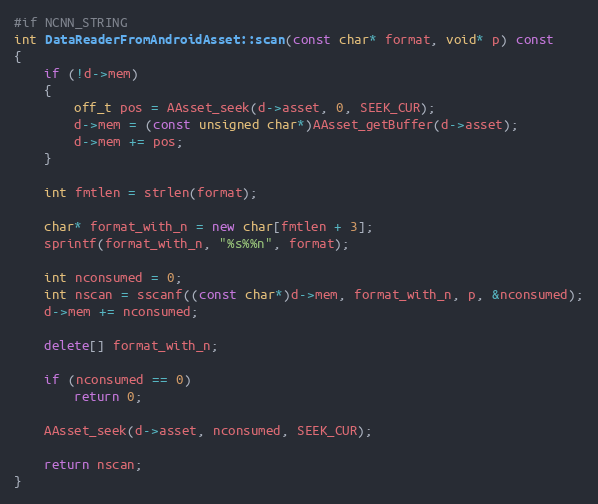
Language: C++
#if NCNN_STRING
int DataReaderFromAndroidAsset::scan(const char* format, void* p) const
{
    if (!d->mem)
    {
        off_t pos = AAsset_seek(d->asset, 0, SEEK_CUR);
        d->mem = (const unsigned char*)AAsset_getBuffer(d->asset);
        d->mem += pos;
    }

    int fmtlen = strlen(format);

    char* format_with_n = new char[fmtlen + 3];
    sprintf(format_with_n, "%s%%n", format);

    int nconsumed = 0;
    int nscan = sscanf((const char*)d->mem, format_with_n, p, &nconsumed);
    d->mem += nconsumed;

    delete[] format_with_n;

    if (nconsumed == 0)
        return 0;

    AAsset_seek(d->asset, nconsumed, SEEK_CUR);

    return nscan;
}